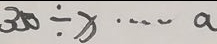
3 5 0 \div x \cdots a